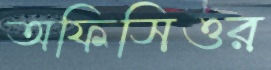
অফিসিওর